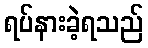
ရပ်နားခဲ့ရသည်